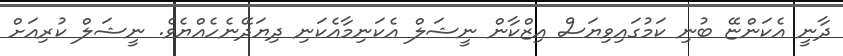
ދާނީ އެކަންޏޭ ބުނި ކަމުގައިވިޔަސް އިޒްކާން ނީޝަލް އެކަނިމާއެކަނި ދިޔަދޭނެހެއްޔެވެ. ނީޝަލް ކުރިއަށް